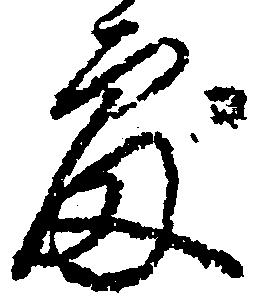
処